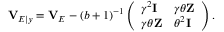
\mathbf { V } _ { E | y } = \mathbf { V } _ { E } - ( b + 1 ) ^ { - 1 } \left( \begin{array} { l l } { \gamma ^ { 2 } \mathbf { I } } & { \gamma \theta \mathbf { Z } } \\ { \gamma \theta \mathbf { Z } } & { \theta ^ { 2 } \mathbf { I } } \end{array} \right) .